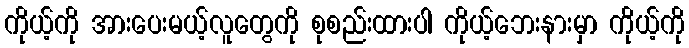
ကိုယ့်ကို အားပေးမယ့်လူတွေကို စုစည်းထားပါ ကိုယ့်ဘေးနားမှာ ကိုယ့်ကို